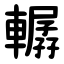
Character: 轏